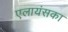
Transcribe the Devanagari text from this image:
एलायंसका